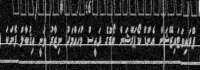
ޕްރައިވަޓައިޒޭޝަން އެންޑް ކޯޕަރޭޝަން ބޯޑުގެ ރައީސް މުހައްމަދު ނިޒާރު ވަނީ އިޤުބާލް ފެނަކަ